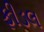
ફીડલ